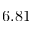
6 . 8 1